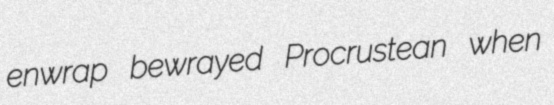
enwrap bewrayed Procrustean when